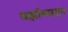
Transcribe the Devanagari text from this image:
वर्झाव्यातून